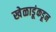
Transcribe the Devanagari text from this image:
खेळाडूंकडून